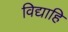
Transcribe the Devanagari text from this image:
विद्याहि